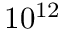
1 0 ^ { 1 2 }